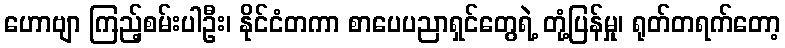
ဟောဗျာ ကြည့်စမ်းပါဦး၊ နိုင်ငံတကာ စာပေပညာရှင်တွေရဲ့ တုံ့ပြန်မှု၊ ရုတ်တရက်တော့